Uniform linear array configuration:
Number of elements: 48
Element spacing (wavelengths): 0.5
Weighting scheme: exponential
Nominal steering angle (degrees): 30
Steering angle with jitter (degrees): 29.575
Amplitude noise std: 0.05
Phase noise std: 0.05

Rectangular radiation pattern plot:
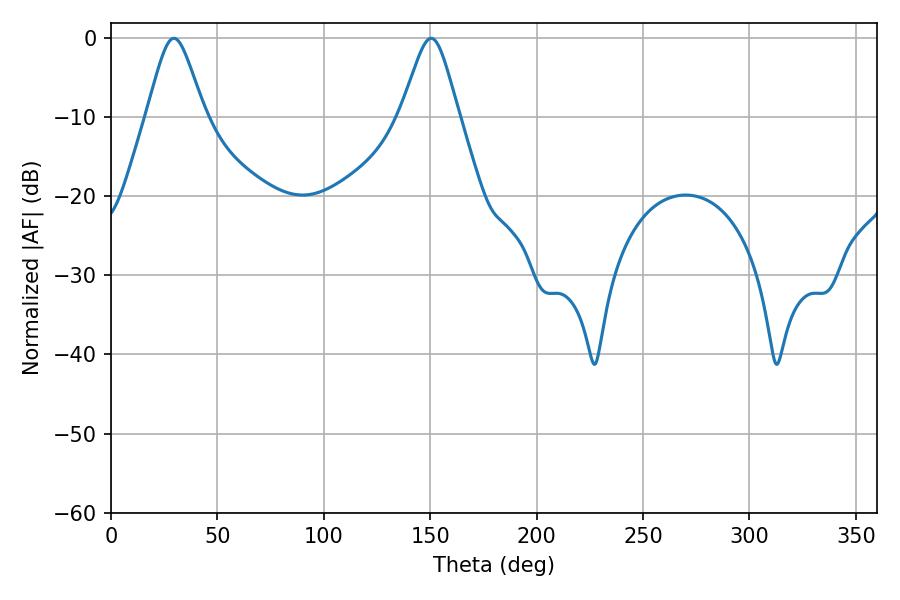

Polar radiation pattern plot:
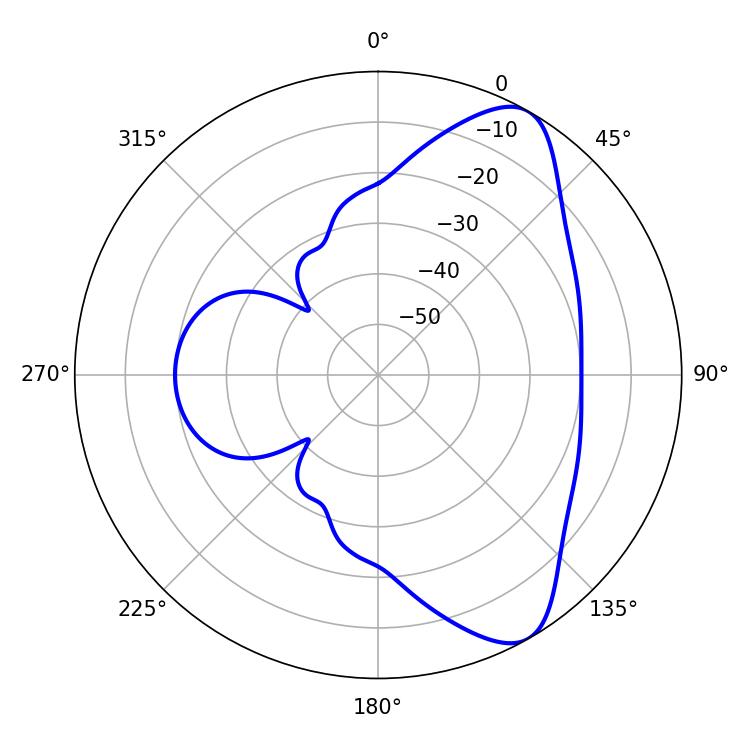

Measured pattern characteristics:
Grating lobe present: FALSE
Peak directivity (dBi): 8.371
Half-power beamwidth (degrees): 13.14
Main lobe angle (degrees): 29.52